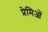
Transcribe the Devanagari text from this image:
प्रेमिओं